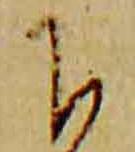
下